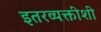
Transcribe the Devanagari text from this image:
इतरव्यक्तीशी